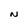
Character: N